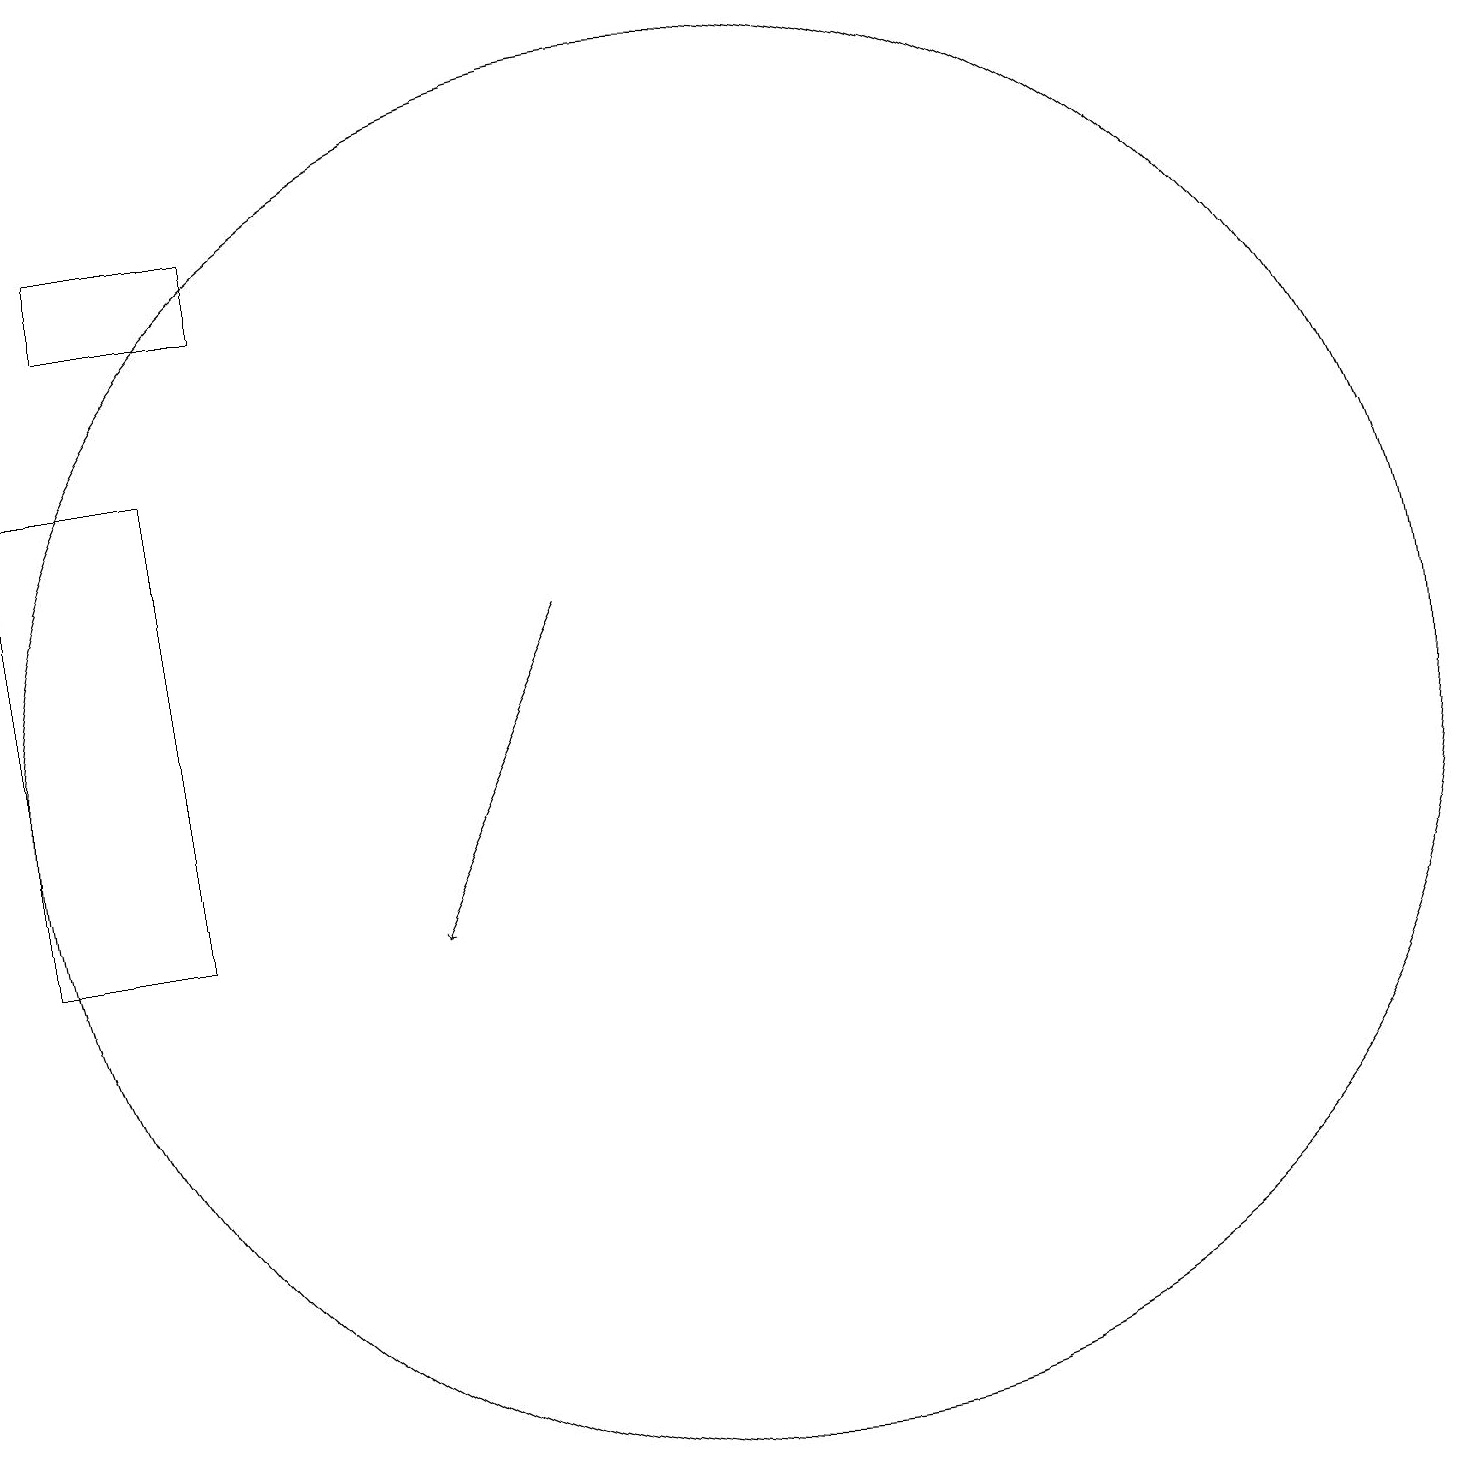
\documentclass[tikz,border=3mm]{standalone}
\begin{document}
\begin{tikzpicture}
\draw (3,19) rectangle (5,18);
\draw (4,16) rectangle (2,10);
\draw[->] (9,14) -- (7,10);
\draw (11,12) circle (9);
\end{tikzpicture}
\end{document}